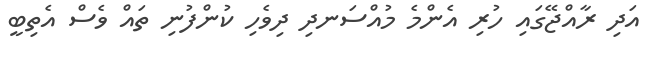
އަދި ރާއްޖޭގައި ހުރި އެންމެ މުއްސަނދި ދިވެހި ކުންފުނި ތައް ވެސް އެތިބީ